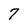
Character: 7